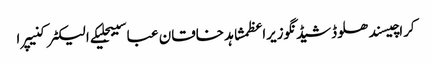
کراچیسندھلوڈشیڈنگوزیراعظمشاہد خاقان عباسیبجلیکے الیکٹرکنیپرا